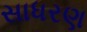
સાધરણ